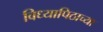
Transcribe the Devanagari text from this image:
विध्यापिठाच्या